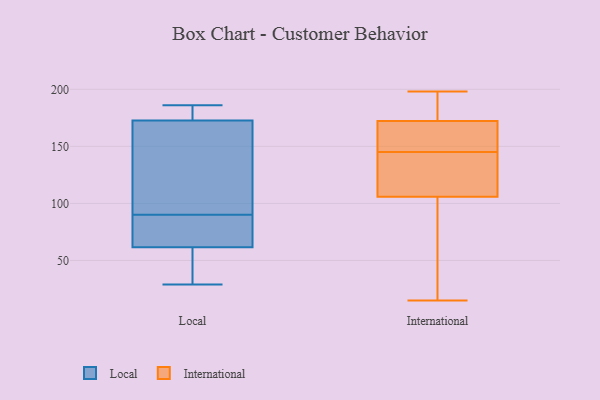
{"axis": {"x": "Production Output", "y": "Value"}, "legend": ["International", "Local"], "data": [{"x": "", "y": 68, "type": "Local"}, {"x": "", "y": 173, "type": "Local"}, {"x": "", "y": 172, "type": "Local"}, {"x": "", "y": 175, "type": "Local"}, {"x": "", "y": 90, "type": "Local"}, {"x": "", "y": 61, "type": "Local"}, {"x": "", "y": 186, "type": "Local"}, {"x": "", "y": 148, "type": "Local"}, {"x": "", "y": 38, "type": "Local"}, {"x": "", "y": 63, "type": "Local"}, {"x": "", "y": 29, "type": "Local"}, {"x": "", "y": 108, "type": "International"}, {"x": "", "y": 198, "type": "International"}, {"x": "", "y": 99, "type": "International"}, {"x": "", "y": 176, "type": "International"}, {"x": "", "y": 153, "type": "International"}, {"x": "", "y": 171, "type": "International"}, {"x": "", "y": 146, "type": "International"}, {"x": "", "y": 15, "type": "International"}, {"x": "", "y": 195, "type": "International"}, {"x": "", "y": 85, "type": "International"}, {"x": "", "y": 128, "type": "International"}, {"x": "", "y": 140, "type": "International"}, {"x": "", "y": 109, "type": "International"}, {"x": "", "y": 145, "type": "International"}, {"x": "", "y": 74, "type": "International"}, {"x": "", "y": 186, "type": "International"}, {"x": "", "y": 152, "type": "International"}]}